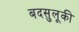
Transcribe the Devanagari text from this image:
बदसुलूकी